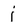
Character: j